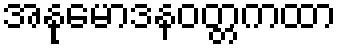
အနုမောဒနဝတ္တကထာ